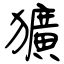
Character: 獷